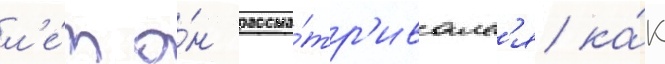
л'е́т о́н рассма́тр'ивалс'я ка́к